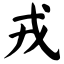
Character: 戎